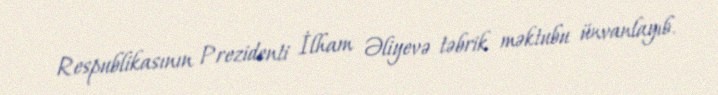
Respublikasının Prezidenti İlham Əliyevə təbrik məktubu ünvanlayıb.